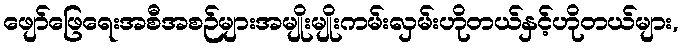
ဖျော်ဖြေရေးအစီအစဉ်များအမျိုးမျိုးကမ်းလှမ်းဟိုတယ်နှင့်ဟိုတယ်များ,